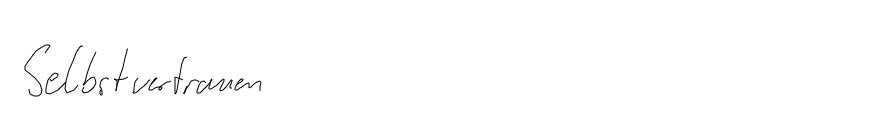
Selbstvertrauen